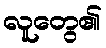
လူတွေ၏